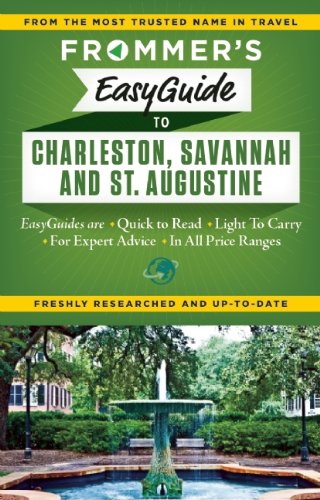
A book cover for Frommer's EasyGuide to Charleston, Savannah and St. Augustine (Easy Guides); Stephen Keeling; Travel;